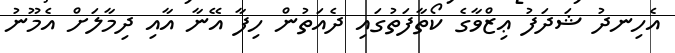
އެހިނދު ޝަދަފު ޢިޒްވާގެ ކޯތާފަތުގައި ދެއަތުން ހިފާ އޭނާ އާއި ދިމާލަށް އެމޫނު